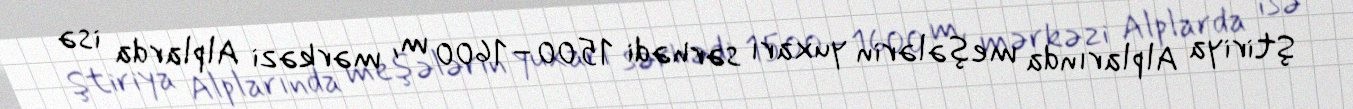
Ştiriya Alplarında meşələrin yuxarı sərhədi 1500–1600 m, mərkəzi Alplarda isə